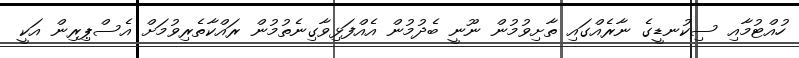
ހުއްޓުމާއި ސިކުނޑީގެ ނާރެއްގައި ތާށިވުމުން ނޫނީ ބެދުމުން އެއްފަޅިވާގިނެތުމުން ރައްކާތެރިވުމަށް އެސްޕިރިން އަކީ